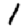
Digit: 1